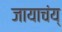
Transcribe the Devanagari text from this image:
जायाचंय्‌